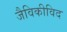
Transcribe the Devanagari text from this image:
जैविकीविद